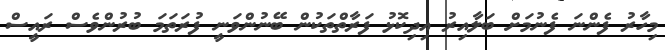
މިހާރު ފެންނަ ފެނުމަށް ބަލާއިރު އިދިކޮޅު ފަރާތްތަކުން ބޭނުންވަނީ ފުރަތަމަ ބުރުންވެސް ރައީސް